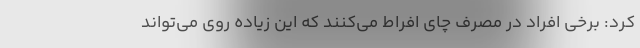
کرد: برخی افراد در مصرف چای افراط می‌کنند که این زیاده روی می‌تواند